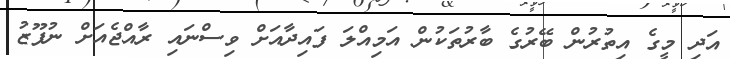
އަދި މީގެ އިތުރުން ބޭރުގެ ބާރުތަކުން އަމިއްލަ ފައިދާއަށް ވިސްނައި ރާއްޖެއަށް ނުފޫޒު